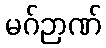
မဂ်ဉာဏ်